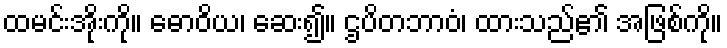
ထမင်းအိုးကို။ ဓောဝိယ၊ ဆေး၍။ ဌပိတဘာဝံ၊ ထားသည်၏ အဖြစ်ကို။